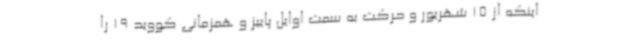
اینکه از 15 شهریور و حرکت به سمت اوایل پاییز و همزمانی کووید 19 را